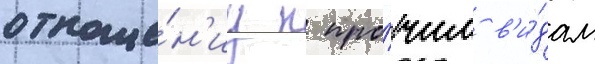
отноше́н'иу к про́чим в'и́дам